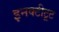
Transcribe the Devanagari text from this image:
इनक्टीटूट